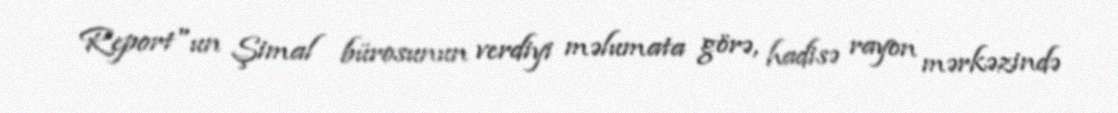
Report"un Şimal bürosunun verdiyi məlumata görə, hadisə rayon mərkəzində